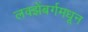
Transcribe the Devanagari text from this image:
लक्झेंबर्गमधून